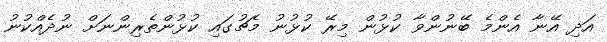
އަދި އޭނާ އެންމެ ބޭނުންވާ ކުޅުން މިރޭ ކުޅުނު މެޗުގައި ކުޅުންތެރިންނަށް ނުދެއްކުނު